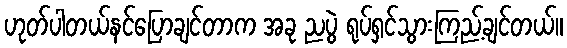
ဟုတ်ပါတယ်နင်ပြောချင်တာက အခု ညပွဲ ရုပ်ရှင်သွားကြည့်ချင်တယ်။